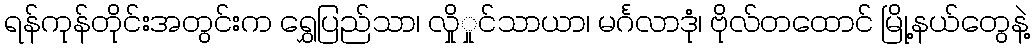
ရန်ကုန်တိုင်းအတွင်းက ရွှေပြည်သာ၊ လှိုှုင်သာယာ၊ မင်္ဂလာဒုံ၊ ဗိုလ်တထောင် မြို့နယ်တွေနဲ့